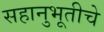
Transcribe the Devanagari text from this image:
सहानुभूतीचे